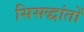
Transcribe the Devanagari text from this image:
सिसद्धांतों